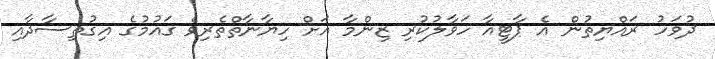
ދުވަހު ރައްޔިތުން އެ ޕާޓީއާ ހަވާލުކުރި ޒިންމާ އަށް ހިޔާނާތްތެރިވެ ގައުމުގެ އިގުތިސާދާއި